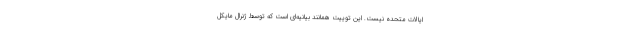
ایالات متحده نیست. این توییت همانند بیانیه‌ای است که توسط ژنرال مایکل